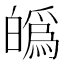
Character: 𤾡